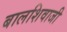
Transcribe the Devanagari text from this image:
बालशिवाजी